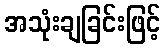
အသုံးချခြင်းဖြင့်